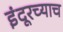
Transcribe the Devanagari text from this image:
इंदूरच्याच